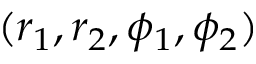
( r _ { 1 } , r _ { 2 } , \phi _ { 1 } , \phi _ { 2 } )